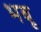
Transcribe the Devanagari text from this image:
भबू